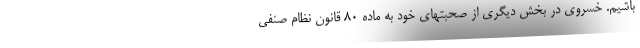
باشیم. خسروی در بخش دیگری از صحبتهای خود به ماده ۸۰ قانون نظام صنفی